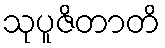
သုပူဇိတာတိ